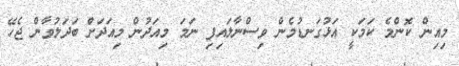
މިއިން ކޮންމެ ކަމަކީ އަޅުގަނޑުމެން ވިސްނާލައިފި ނަމަ މިއަދުން މިއަދަށް ބަދަލުވާން ޖެހޭ